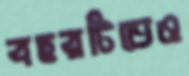
বছরটিতেও